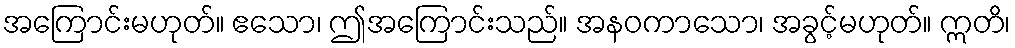
အကြောင်းမဟုတ်။ ဧသော၊ ဤအကြောင်းသည်။ အနဝကာသော၊ အခွင့်မဟုတ်။ ဣတိ၊